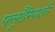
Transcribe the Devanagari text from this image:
फ्लूडैरेबाईन